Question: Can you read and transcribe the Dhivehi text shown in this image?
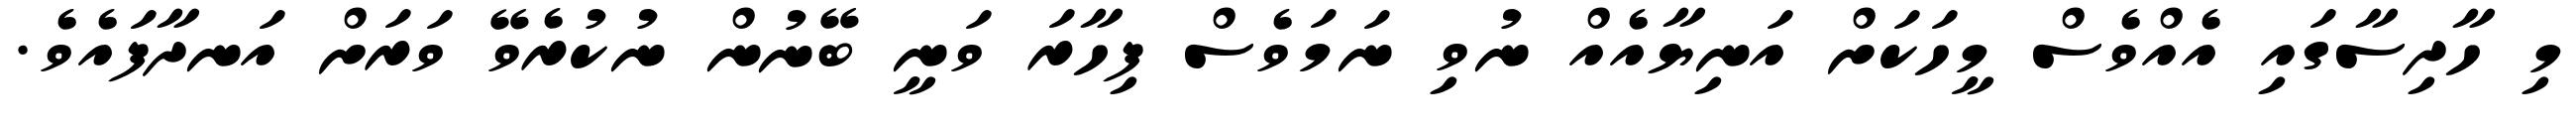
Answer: މި ހާދިސާގައި އެއްވެސް މީހަކަށް އަނިޔާއެއް ނުވި ނަމަވެސް ފިހާރަ ވަނީ ބޭނުން ނުކުރެވޭ ވަރަށް އަނދާފައެވެ.